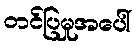
တင်ပြမှုအပေါ်